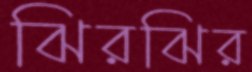
ঝিরঝির